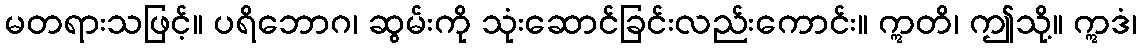
မတရားသဖြင့်။ ပရိဘောဂ၊ ဆွမ်းကို သုံးဆောင်ခြင်းလည်းကောင်း။ ဣတိ၊ ဤသို့။ ဣဒံ၊